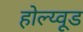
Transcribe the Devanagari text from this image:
होल्य्वूड